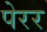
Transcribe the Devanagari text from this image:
पेरर